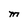
Character: M